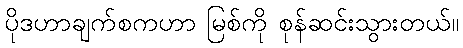
ပိုဒဟာချက်စကဟာ မြစ်ကို စုန်ဆင်းသွားတယ်။